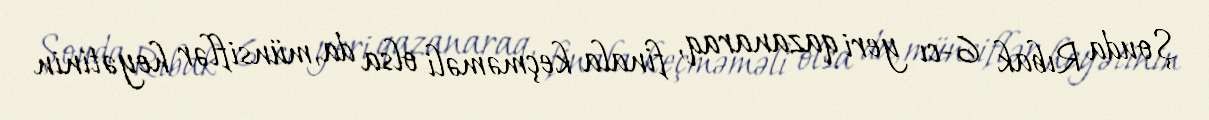
Şouda Rıbak 6-cı yeri qazanaraq, finala keçməməli olsa da, münsiflər heyətinin